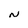
Character: N